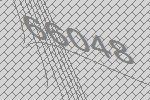
66048